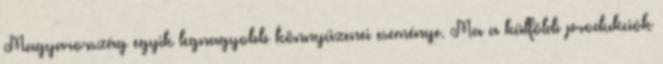
Magyarország egyik legnagyobb könnyűzenei eseménye. Ma a külföldi produkciók